Vaccination Hyderabad 1890-1903 - 1890-1903
Year: 1890
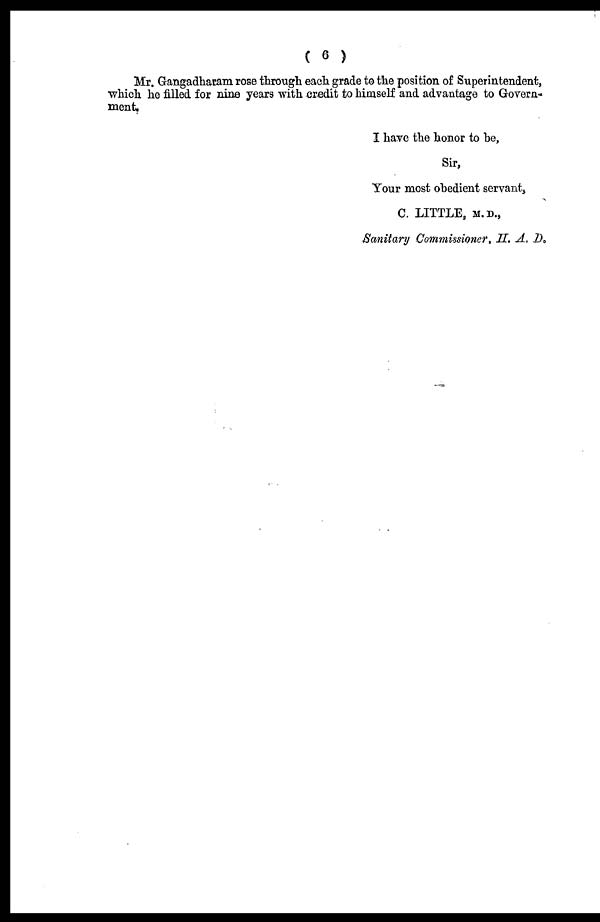
( 6 )
Mr. Gangadharam rose through each grade to the position of Superintendent,
which he filled for nine years with credit to himself and advantage to Govern-
ment.
I have the honor to be,
Sir,
Your most obedient servant,
C. LITTLE, M.D.,
Sanitary Commissioner, H. A. D.